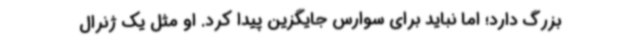
بزرگ دارد؛ اما نباید برای سوارس جایگزین پیدا کرد. او مثل یک ژنرال